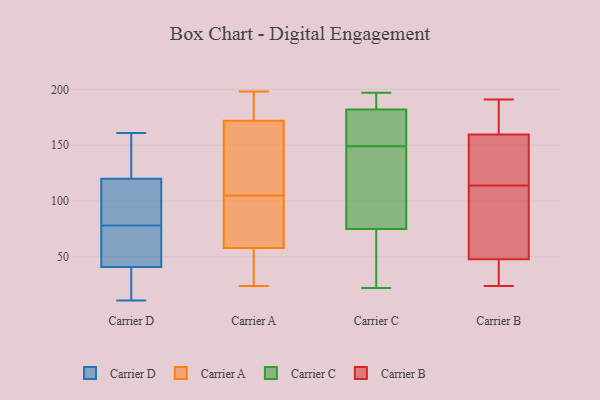
{"axis": {"x": "Customer Acquisition Cost (USD)", "y": "Value"}, "legend": ["Carrier A", "Carrier B", "Carrier C", "Carrier D"], "data": [{"x": "", "y": 140, "type": "Carrier D"}, {"x": "", "y": 51, "type": "Carrier D"}, {"x": "", "y": 85, "type": "Carrier D"}, {"x": "", "y": 110, "type": "Carrier D"}, {"x": "", "y": 71, "type": "Carrier D"}, {"x": "", "y": 120, "type": "Carrier D"}, {"x": "", "y": 66, "type": "Carrier D"}, {"x": "", "y": 29, "type": "Carrier D"}, {"x": "", "y": 142, "type": "Carrier D"}, {"x": "", "y": 161, "type": "Carrier D"}, {"x": "", "y": 107, "type": "Carrier D"}, {"x": "", "y": 39, "type": "Carrier D"}, {"x": "", "y": 41, "type": "Carrier D"}, {"x": "", "y": 11, "type": "Carrier D"}, {"x": "", "y": 30, "type": "Carrier A"}, {"x": "", "y": 24, "type": "Carrier A"}, {"x": "", "y": 184, "type": "Carrier A"}, {"x": "", "y": 76, "type": "Carrier A"}, {"x": "", "y": 58, "type": "Carrier A"}, {"x": "", "y": 94, "type": "Carrier A"}, {"x": "", "y": 40, "type": "Carrier A"}, {"x": "", "y": 197, "type": "Carrier A"}, {"x": "", "y": 157, "type": "Carrier A"}, {"x": "", "y": 116, "type": "Carrier A"}, {"x": "", "y": 117, "type": "Carrier A"}, {"x": "", "y": 198, "type": "Carrier A"}, {"x": "", "y": 172, "type": "Carrier A"}, {"x": "", "y": 94, "type": "Carrier A"}, {"x": "", "y": 22, "type": "Carrier C"}, {"x": "", "y": 25, "type": "Carrier C"}, {"x": "", "y": 43, "type": "Carrier C"}, {"x": "", "y": 137, "type": "Carrier C"}, {"x": "", "y": 153, "type": "Carrier C"}, {"x": "", "y": 145, "type": "Carrier C"}, {"x": "", "y": 158, "type": "Carrier C"}, {"x": "", "y": 161, "type": "Carrier C"}, {"x": "", "y": 182, "type": "Carrier C"}, {"x": "", "y": 192, "type": "Carrier C"}, {"x": "", "y": 106, "type": "Carrier C"}, {"x": "", "y": 197, "type": "Carrier C"}, {"x": "", "y": 75, "type": "Carrier C"}, {"x": "", "y": 193, "type": "Carrier C"}, {"x": "", "y": 125, "type": "Carrier B"}, {"x": "", "y": 166, "type": "Carrier B"}, {"x": "", "y": 164, "type": "Carrier B"}, {"x": "", "y": 47, "type": "Carrier B"}, {"x": "", "y": 50, "type": "Carrier B"}, {"x": "", "y": 46, "type": "Carrier B"}, {"x": "", "y": 74, "type": "Carrier B"}, {"x": "", "y": 132, "type": "Carrier B"}, {"x": "", "y": 36, "type": "Carrier B"}, {"x": "", "y": 146, "type": "Carrier B"}, {"x": "", "y": 24, "type": "Carrier B"}, {"x": "", "y": 118, "type": "Carrier B"}, {"x": "", "y": 114, "type": "Carrier B"}, {"x": "", "y": 52, "type": "Carrier B"}, {"x": "", "y": 77, "type": "Carrier B"}, {"x": "", "y": 191, "type": "Carrier B"}, {"x": "", "y": 44, "type": "Carrier B"}, {"x": "", "y": 169, "type": "Carrier B"}, {"x": "", "y": 171, "type": "Carrier B"}]}